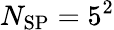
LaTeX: N_{\mathrm{SP}}=5^{2}